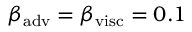
\beta _ { \mathrm { a d v } } = \beta _ { \mathrm { v i s c } } = 0 . 1